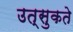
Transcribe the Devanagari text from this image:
उत्सुकते